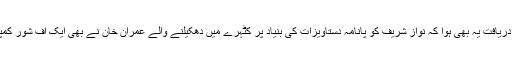
آف شور کمپنیوں کے خلاف طوفان اٹھا تو دریافت یہ بھی ہوا کہ نواز شریف کو پانامہ دستاویزات کی بنیاد پر کٹہرے میں دھکیلنے والے عمران خان نے بھی ایک آف شور کمپنی بنا کر ہی لندن میں ایک فلیٹ خریدا تھا۔